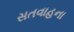
સતવાહના